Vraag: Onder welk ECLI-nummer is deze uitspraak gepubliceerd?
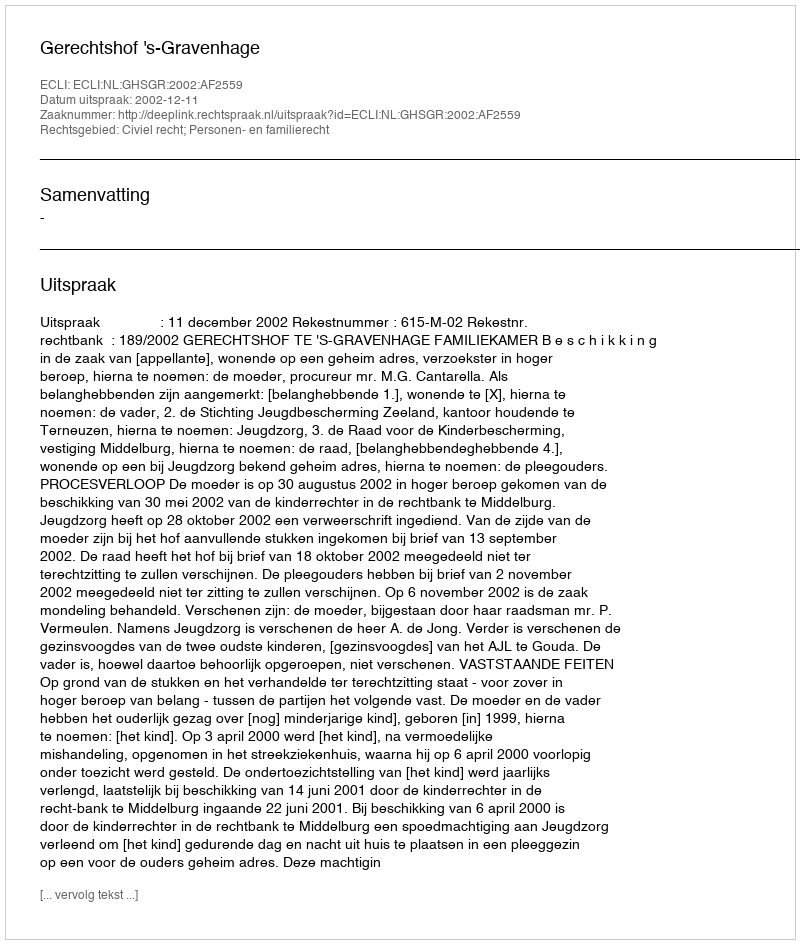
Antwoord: ECLI:NL:GHSGR:2002:AF2559